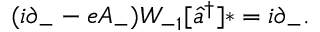
( i \partial _ { - } - e A _ { - } ) { \cal W } _ { - 1 } [ \widehat { a } ^ { \dag } ] \ast = i \partial _ { - } .